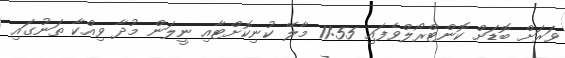
ވަރަށް ބޮޑަށް ކޮންޓްރޯލްވެފައި 11:55 މާލޭ ކުނިކޮށްޓާއި ނީލަން މުދާ ވިއްކާ ތަނުގައި